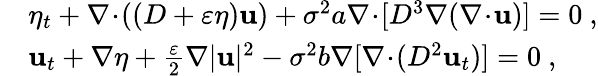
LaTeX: \begin{array}{rl}&{\eta_{t}+\nabla\! \cdot\! ((D+\varepsilon\eta)\mathbf{u})+\sigma^{2}a\nabla\! \cdot\! [D^{3}\nabla(\nabla\! \cdot\! \mathbf{u})]=0\ ,}\\ &{\mathbf{u}_{t}+\nabla\eta+\frac{\varepsilon}{2}\nabla|\mathbf{u}|^{2}-\sigma^{2}b\nabla[\nabla\! \cdot\! (D^{2}\mathbf{u}_{t})]=0\ ,}\end{array}